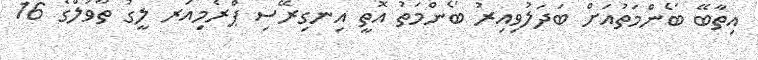
އިތާބޭ ބޯންމަތުއަށް ބަދަލުވިއިރު ބޯންމަތު އޮތީ އިނގިރޭސި ޕްރެމިއަރ ލީގު ތާވަލްގެ 16